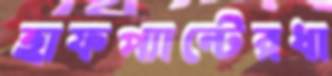
হাফপ্যান্টেরধা